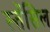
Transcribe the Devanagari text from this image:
स्तेंसिल